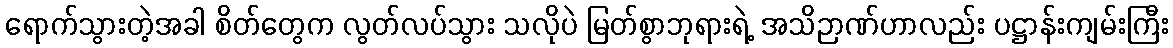
ရောက်သွားတဲ့အခါ စိတ်တွေက လွတ်လပ်သွား သလိုပဲ မြတ်စွာဘုရားရဲ့ အသိဉာဏ်ဟာလည်း ပဋ္ဌာန်းကျမ်းကြီး